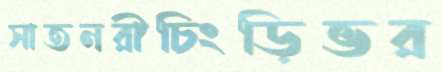
সাতনরীচিংড়িভর